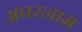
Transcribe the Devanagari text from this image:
अपरनाम